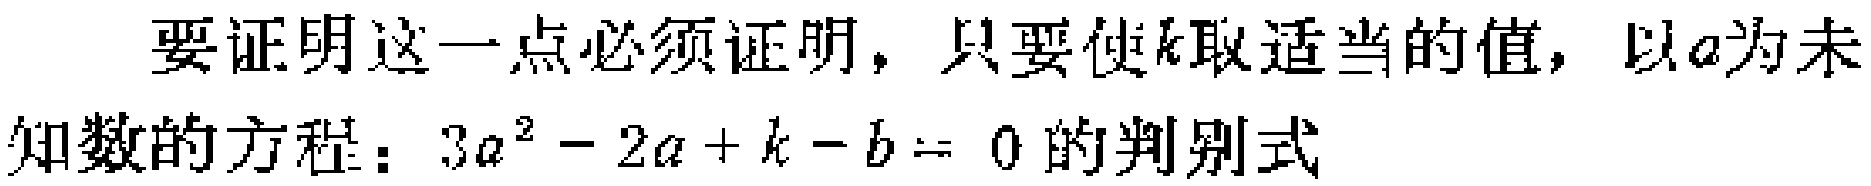
要证明这一点必须证明，只要使\(k\)取适当的值，以\(a\)为未知数的方程：\(3a^{2}-2a + k - b = 0\)的判别式